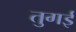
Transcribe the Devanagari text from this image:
तुगई